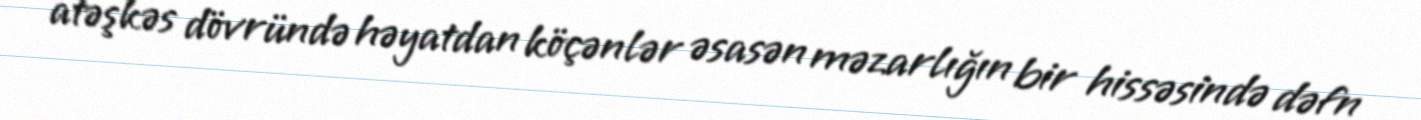
atəşkəs dövründə həyatdan köçənlər əsasən məzarlığın bir hissəsində dəfn